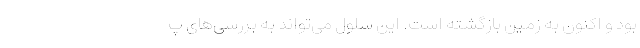
بود و اکنون به زمین بازگشته است. این سلول می‌تواند به بررسی‌های پ